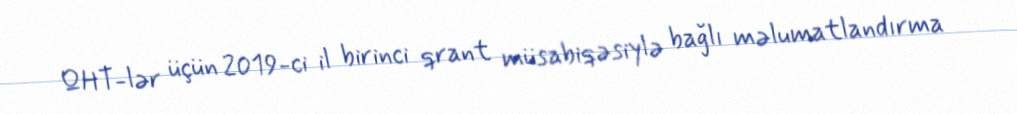
QHT-lər üçün 2019-ci il birinci qrant müsabiqəsiylə bağlı məlumatlandırma